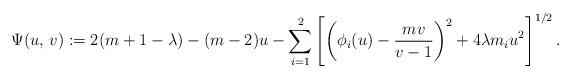
LaTeX: \begin{align*} \Psi(u,\, v) := 2(m+1-\lambda) - (m-2) u - \sum_{i=1}^2 \left[ \left( \phi_i(u) - \frac{m v}{v-1} \right)^2 + 4\lambda m_i u^2 \right]^{1/2}.\end{align*}